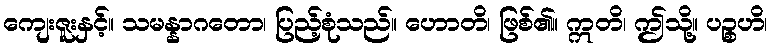
ကျေးဇူးနှင့်။ သမန္နာဂတော၊ ပြည့်စုံသည်။ ဟောတိ၊ ဖြစ်၏။ ဣတိ၊ ဤသို့။ ပဉ္စဟိ၊